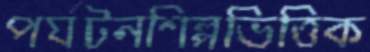
পর্যটনশিল্পভিত্তিক